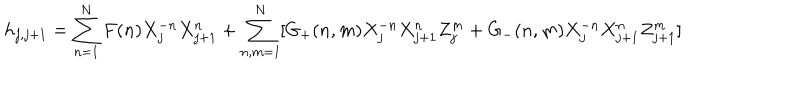
h _ { j , j + 1 } = \sum _ { n = 1 } ^ { N } F ( n ) X _ { j } ^ { - n } X _ { j + 1 } ^ { n } + \sum _ { n , m = 1 } ^ { N } [ G _ { + } ( n , m ) X _ { j } ^ { - n } X _ { j + 1 } ^ { n } Z _ { j } ^ { m } + G _ { - } ( n , m ) X _ { j } ^ { - n } X _ { j + 1 } ^ { n } Z _ { j + 1 } ^ { m } ]